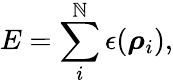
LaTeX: E=\sum_{i}^{\mathbb{N}}\epsilon(\boldsymbol{\mathbf{{\rho}}}_{i}),